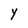
Character: y